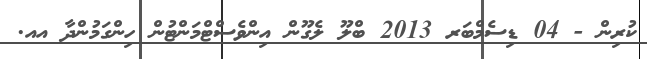
ކުރިން - 04 ޑިސެމްބަރ 2013 ބްލޫ ލެގޫން އިންވެސްޓްމަންޓުން ހިންގަމުންދާ އއ.